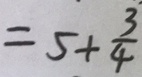
= 5 + \frac { 3 } { 4 }